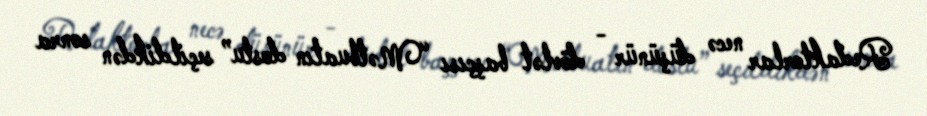
Redaktorlar necə düşünür - dövlət başçısı “Mətbuatın dostu” seçildikdən sonra